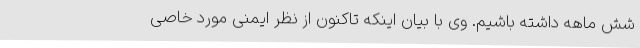
شش ماهه داشته باشیم. وی با بیان اینکه تاکنون از نظر ایمنی مورد خاصی